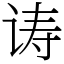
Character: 诪